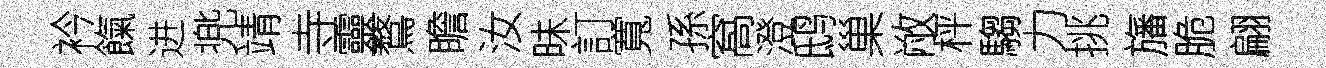
衿餼进兠靖寺靈鶩瞻汝昧訂寬孫窩澄鸱巢敝枰騶力挑旛脆翩